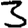
Digit: 3